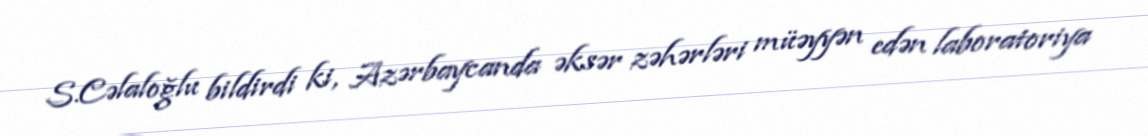
S.Cəlaloğlu bildirdi ki, Azərbaycanda əksər zəhərləri müəyyən edən laboratoriya